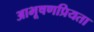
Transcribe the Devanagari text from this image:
आभूषणप्रियता